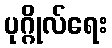
ပုဂ္ဂိုလ်ရေး